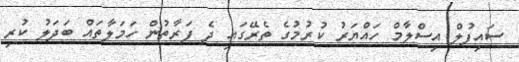
ސައިފުލް އިސްލާމް ހައްޔަރު ކުރުމުގެ ތެރޭގައި ދެ ފަރާތުން ހަމަލާތައް ބަދަލު ކުރި